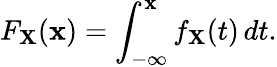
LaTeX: F_{\mathbf{X}}(\mathbf{x})=\int_{-\infty}^{\mathbf{x}}f_{\mathbf{X}}(t)\, dt.